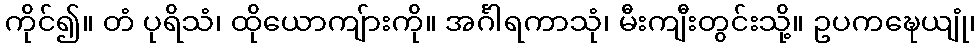
ကိုင်၍။ တံ ပုရိသံ၊ ထိုယောကျ်ားကို။ အင်္ဂါရကာသုံ၊ မီးကျီးတွင်းသို့။ ဥပကဍ္ဎေယျုံ၊